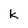
Character: k